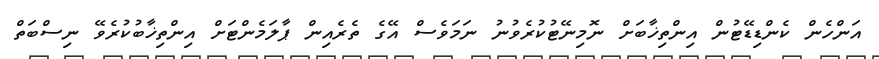
އަންހެން ކެންޑިޑޭޓުން އިންތިޚާބަށް ނޮމިނޭޓުކުރެވުނު ނަމަވެސް އޭގެ ތެރެއިން ޕާލަމެންޓަށް އިންތިޚާބުކުރެވޭ ނިސްބަތް